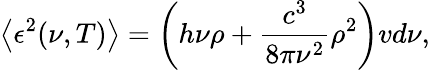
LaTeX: \left\langle\epsilon^{2}(\nu,T)\right\rangle=\left(h\nu\rho+{\frac{c^{3}}{8\pi\nu^{2}}}\rho^{2}\right)vd\nu,